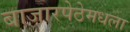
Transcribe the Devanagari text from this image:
बाजारपेठेमधला